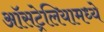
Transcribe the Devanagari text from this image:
ऑसट्रेलियामध्ये